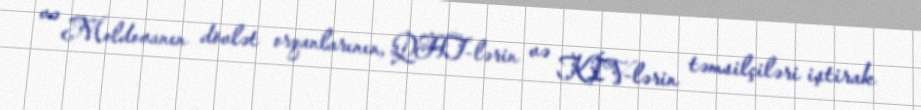
və Moldovanın dövlət orqanlarının, QHT-lərin və KİV-lərin təmsilçiləri iştirak